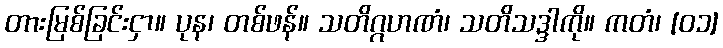
တားမြစ်ခြင်းငှာ။ ပုန၊ တစ်ဖန်။ သတိဂ္ဂဟဏံ၊ သတိသဒ္ဒါကို။ ကတံ၊ [၀၁]